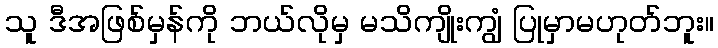
သူ ဒီအဖြစ်မှန်ကို ဘယ်လိုမှ မသိကျိုးကျွံ ပြုမှာမဟုတ်ဘူး။